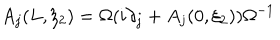
A _ { j } ( L , \xi _ { 2 } ) = \Omega ( i \partial _ { j } + A _ { j } ( 0 , \xi _ { 2 } ) ) \Omega ^ { - 1 }